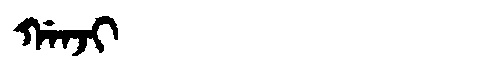
Manchu: ᡤᠠᠨᠵᡳ
Romanization: GANJI